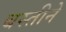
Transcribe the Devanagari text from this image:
बस्तीने